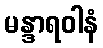
မန္ဒာရဝါနံ